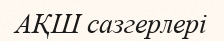
АҚШ сазгерлері